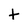
Character: t